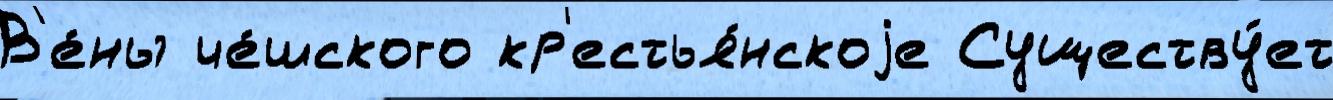
В'е́ны че́шского кр'естья́нскоjе Существу́ет